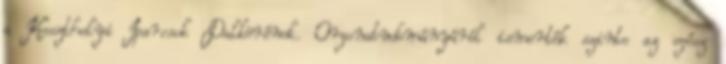
a Keszthelyi Iparosok Dalkörének. Orgonatudományáról ismerték szinte az egész